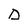
Character: D